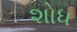
શોધ